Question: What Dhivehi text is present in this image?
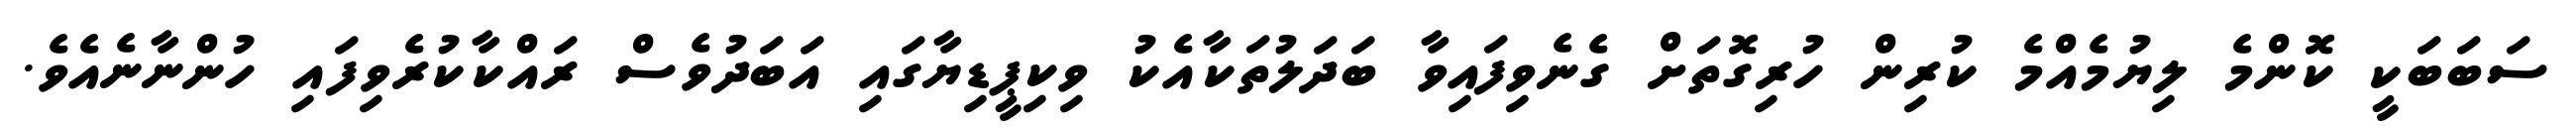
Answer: ސަބަބަކީ ކޮންމެ ލިޔުމެއްމެ ކުރިން ހުރިގޮތަށް ގެނެވިފައިވާ ބަދަލުތަކާއެކު ވިކިޕީޑިޔާގައި އަބަދުވެސް ރައްކާކުރެވިފައި ހުންނާނެއެވެ.